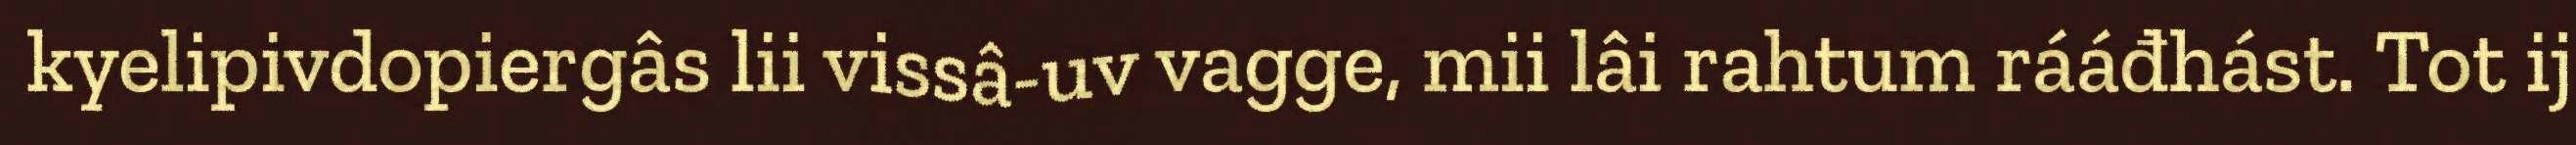
kyelipivdopiergâs lii vissâ-uv vagge, mii lâi rahtum rááđhást. Tot ij